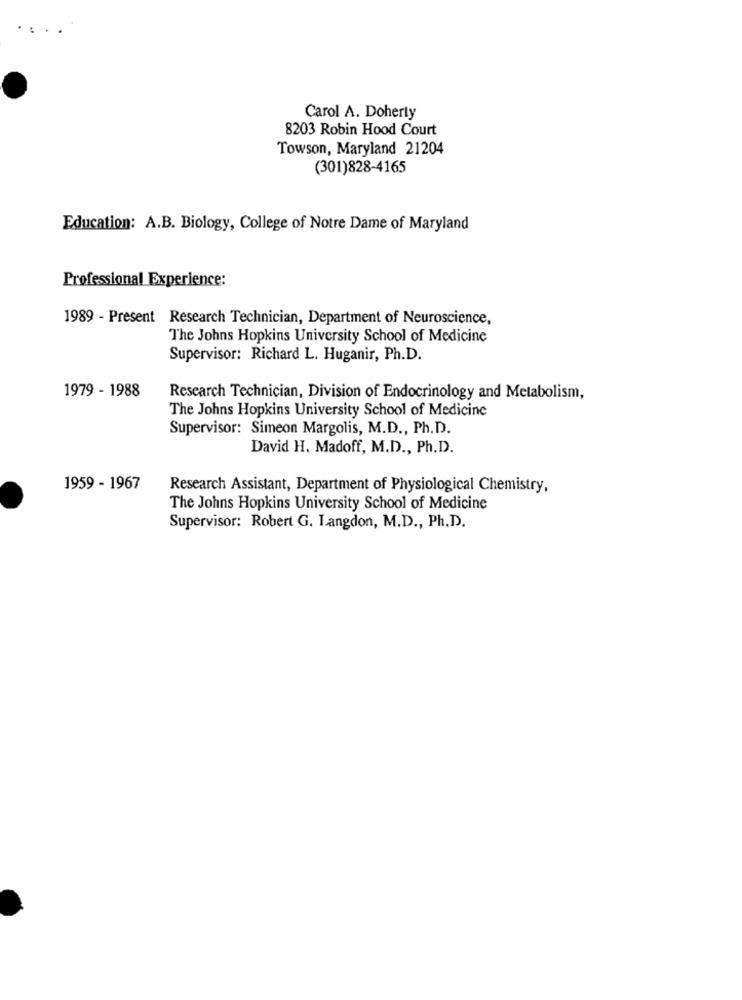
...
Carol A. Doherty
8203 Robin Hood Court
Towson, Maryland 21204
(301)828-4165
Education: A.B. Biology, College of Notre Dame of Maryland
Professional Experience:
1989 - Present Research Technician, Department of Neuroscience,
The Johns Hopkins University School of Medicine
Supervisor: Richard L. Huganir, Ph.D.
1979 - 1988
Research Technician, Division of Endocrinology and Metabolism,
The Johns Hopkins University School of Medicine
Supervisor: Simeon Margolis, M.D ., Ph.D.
David H. Madoff, M.D ., Ph.D.
1959 - 1967
Research Assistant, Department of Physiological Chemistry,
The Johns Hopkins University School of Medicine
Supervisor: Robert G. Langdon, M.D ., Ph.D.